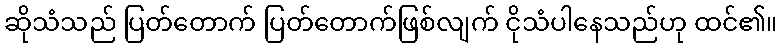
ဆိုသံသည် ပြတ်တောက် ပြတ်တောက်ဖြစ်လျက် ငိုသံပါနေသည်ဟု ထင်၏။